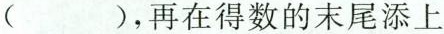
( ),再在得数的末尾添上